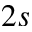
2 s